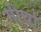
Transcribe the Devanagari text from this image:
मीर्चा